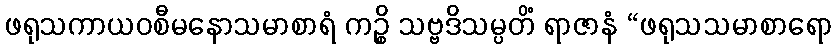
ဖရုသကာယဝစီမနောသမာစာရံ ကဉ္စိ သဗ္ဗဒိသမ္ပတိံ ရာဇာနံ “ဖရုသသမာစာရော